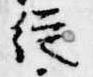
従